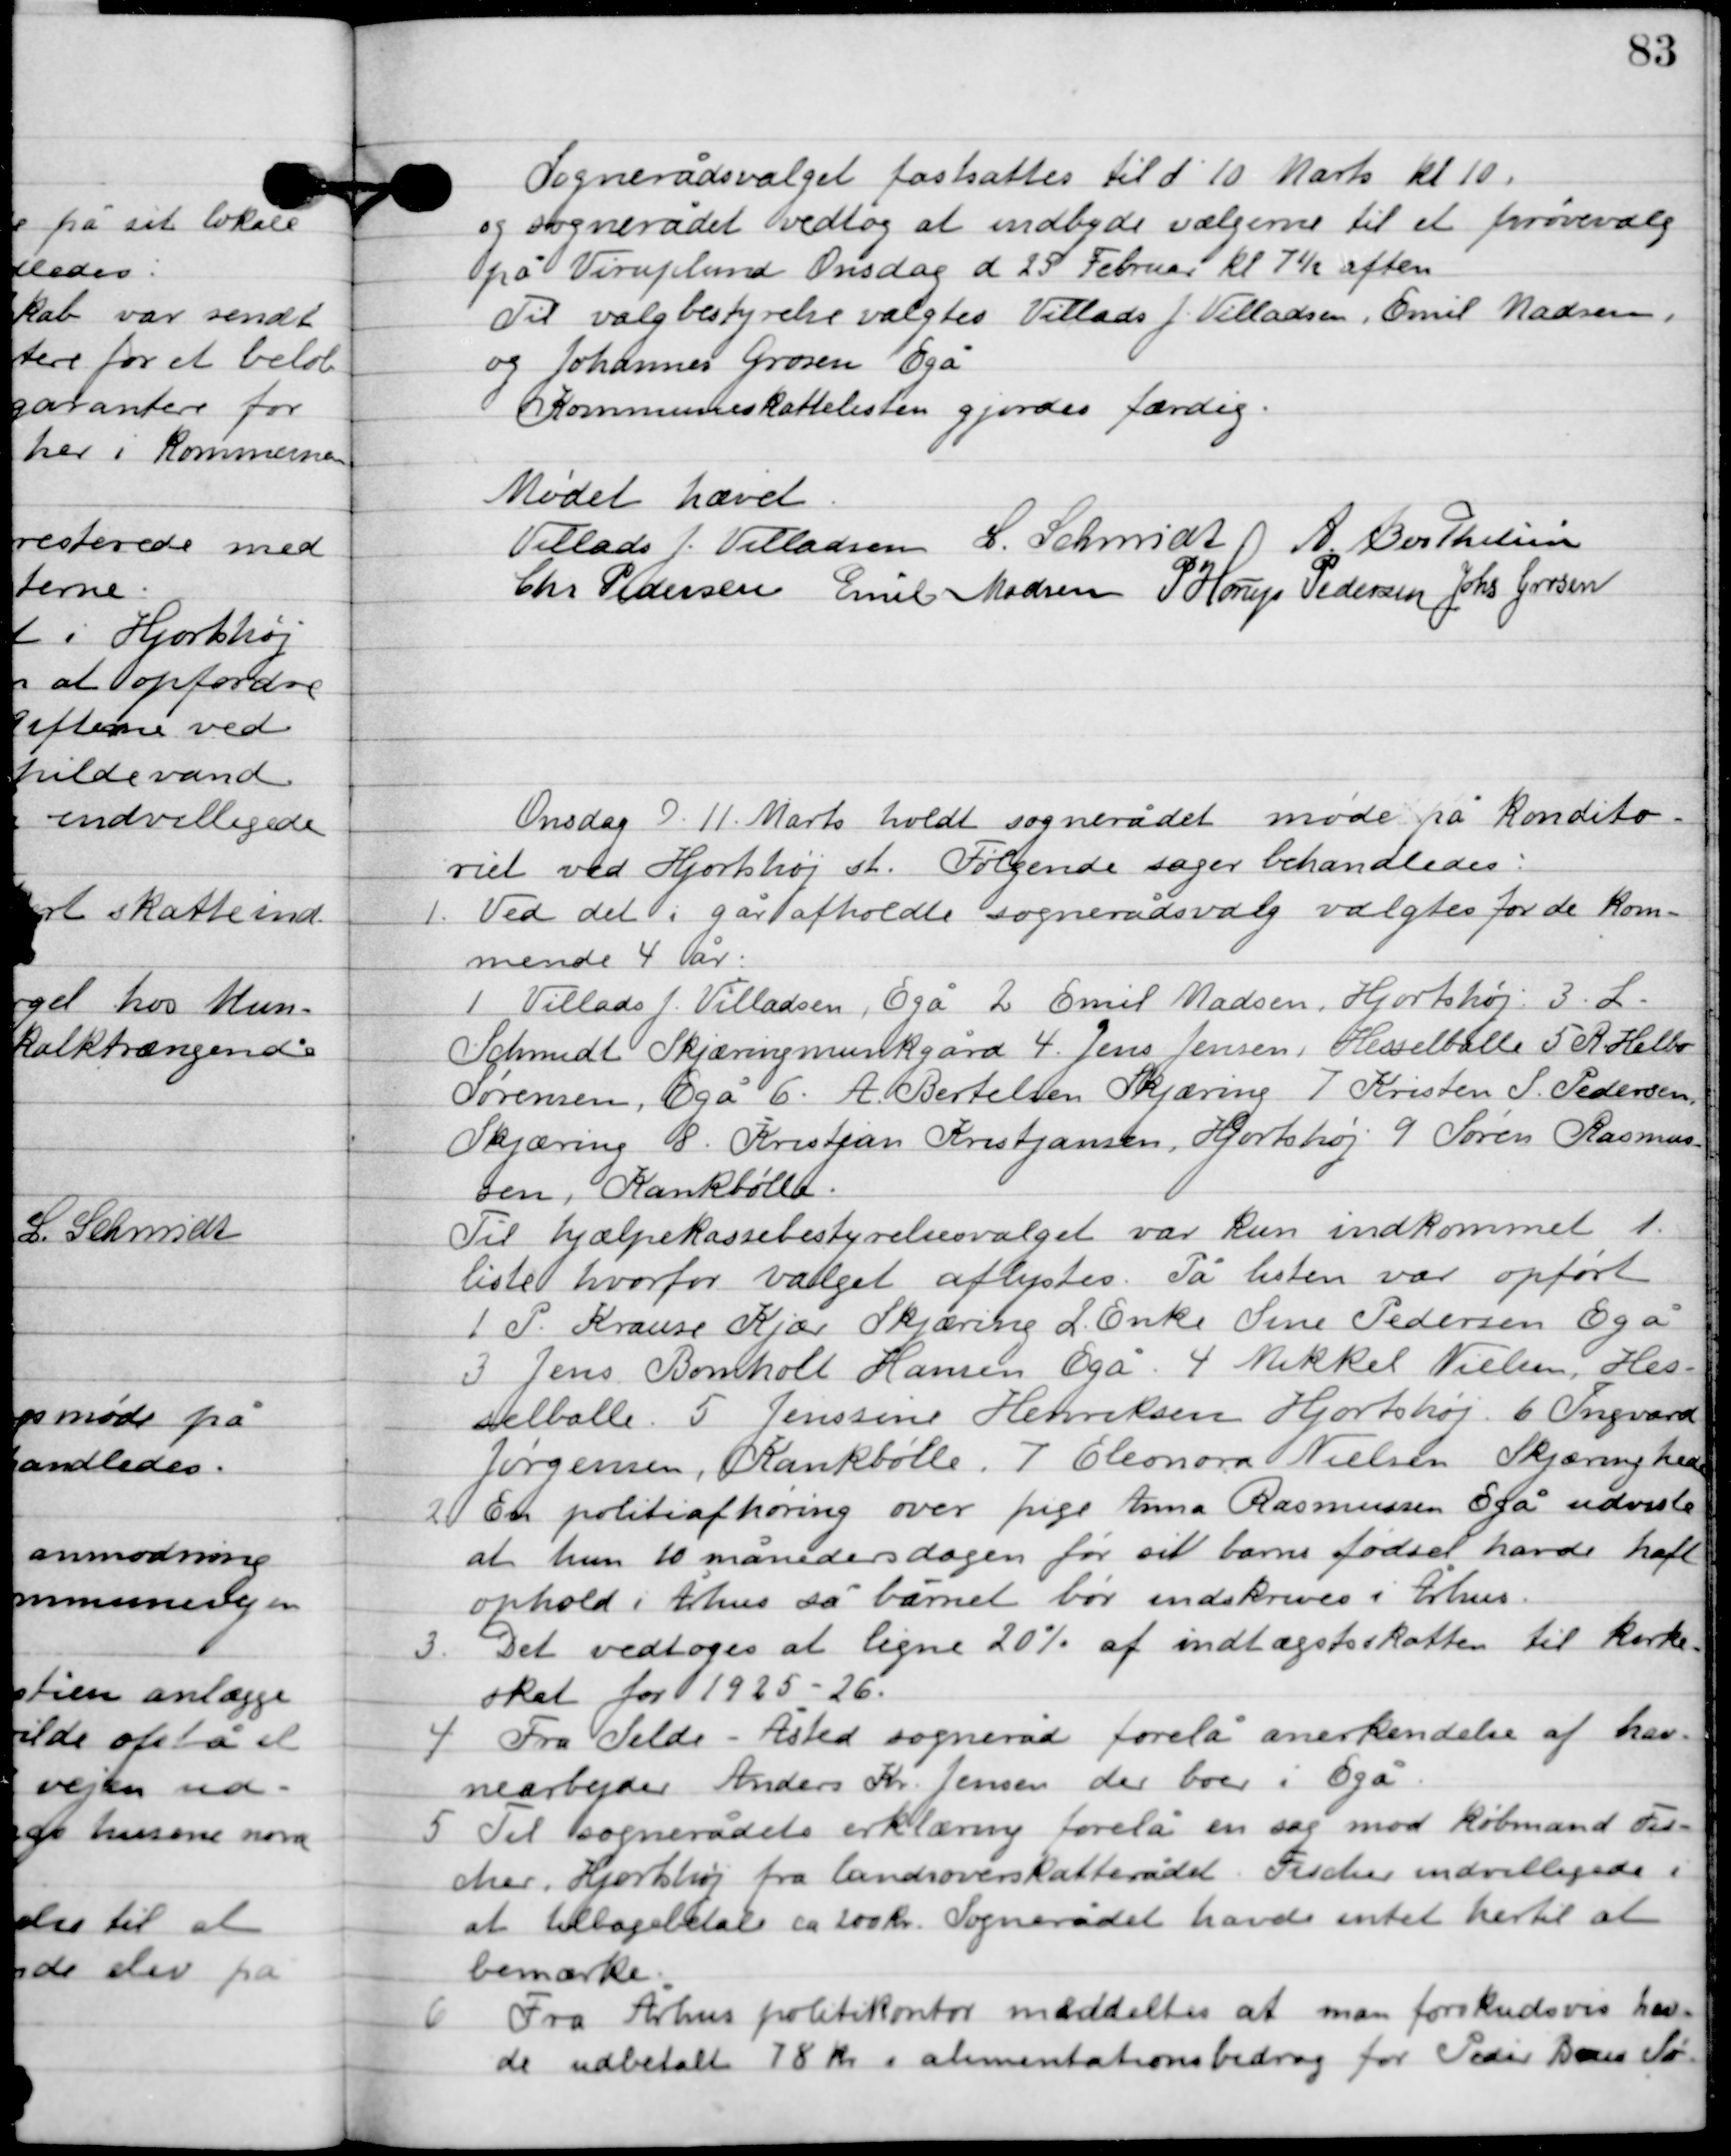
Transskription:
Sognerådsvalget fastsattes til d. 10 marts kl. 10.
og sognerådet vedtog at indbyde vægerne til at prøvevalg
på Viruplund Onsdag d. 27. Februar kl. 7½ aften.
Til valgbestyrelse valgtes Villads J. Villadsen, Emil Madsen
og Johannes Grosen Egå.

Kommuneskattelisen gjordes færdig.

Mødet hævet

Villads J. Villadsen
L. Schmidt
A. Berthelsen
Chr. Pedersen
Emil Madsen
P. Horup Pedersen
Johs. Grosen

Onsdag D. 11. Marts holdt sognerådet møde på kondito-
riet ved Hjortshøj st. Følgende sager behandledes.

1

Ved de i går afholdte sognerådsvalg valgtes for de kom-
mende 4 år.
1.Villads J. Villadsen, Egå 2. Emil Madsen, Hjortshøj, 3. L.
Schmidt, Skæringmunkgård, 4. Jens Jensen, Hesselballe 5. R. Helbo
Sørensen, Egå 6. A. Bertelsen Skjæring 7. Kristen P. Pedersen
Skæring 8. Kristjan Kristjansen, Hjortshøj 9. Søren Rasmus-
sen, Krankbølle.
Til hjælpekassebestyrelsesvalget var kun indkommet 1.
liste hvorfor valget aflystes. På listen var opført
1. P. Krause Kjær Skjæring 2. Enke Sine Pedersen Egå
3. Jens Bomholt Hansen Egå 4. Mikkel Nielsen, Hes-
selballe. 5. Jensine Henriksen, Hjorthøj 6. Ingvard
Jørgensen, krankbølle. 7. Eleonora Nielsen Skjæring hede.

2

En politiafhøring over pige Anna Rasmussen Egå udviste
at hun 10 måneders dagen for sit barns fødsel havde haft
ophold i Århus så barnet bør indskrives i Århus.

3

Det vedtoges at ligne 20 % af indtægtsskatten til kirke-
skat for 1925-26.

4

Fra Selde-Åsted sogneråd forelå anerkendelse af hav-
nearbejder Anders Kr. Jensen der boer i Egå.

5

Til sognerådets erklæring forelå en sag mod Købmand Fis-
cher. Hjortshøj fra landsoverskatterådet. Fischer indvilligede i
at tilbagebetale ca. 200 kr. Sognerådet havde intet hertil at
bemærke.

6

Fra Århus politikontor meddeltes at mam forskudsvis hav-
de udbetalt 78 kr. i alimentationsbidrag for Peder Bruus Sø-